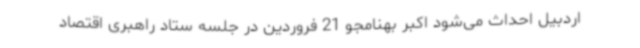
اردبیل احداث می‌شود اکبر بهنامجو 21 فروردین در جلسه ستاد راهبری اقتصاد